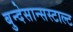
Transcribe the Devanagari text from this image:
बुन्देसान्सस्टाल्ट